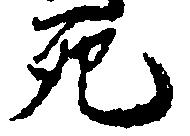
死